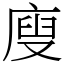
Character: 廋